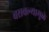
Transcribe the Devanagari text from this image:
बसवल्यामुळे